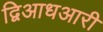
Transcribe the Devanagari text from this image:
द्विआधआरी